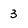
Character: 3